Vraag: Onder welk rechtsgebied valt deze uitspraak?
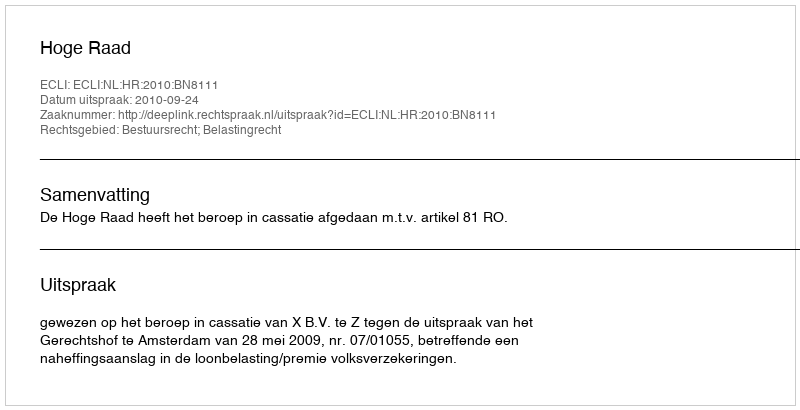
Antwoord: Bestuursrecht; Belastingrecht